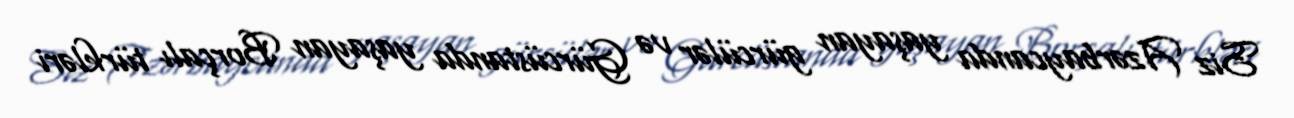
Siz Azərbaycanda yaşayan gürcülər və Gürcüstanda yaşayan Borçalı türkləri